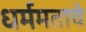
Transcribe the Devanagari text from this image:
धर्ममताचे